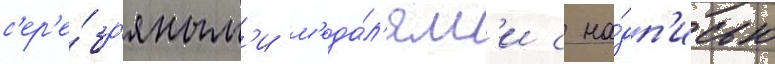
с'ер'е́бр'яным'и м'еда́л'ям'и с на́дп'исью